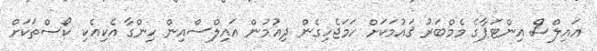
އައިލްސް އިންޓަޕާގެ މެމްބަރު ޤައުމަކަށް ހަމަޖެހިގެން ދިއުމުން އައިލްސްއިން ހިންގާ އެކިއެކި ކޯސްތަކަށް